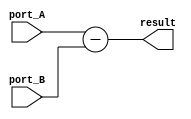
module rest #(parameter DATA_WIDTH = 8)(
	//inputs
	input signed [(DATA_WIDTH-1) : 0] port_A,
	input signed [(DATA_WIDTH-1) : 0] port_B,
	//outputs
	output signed [(DATA_WIDTH) : 0] result
);

assign result = port_A - port_B; 

endmodule